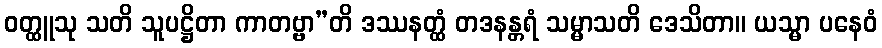
ဝတ္ထူသု သတိ သူပဋ္ဌိတာ ကာတဗ္ဗာ”တိ ဒဿနတ္ထံ တဒနန္တရံ သမ္မာသတိ ဒေသိတာ။ ယသ္မာ ပနေဝံ